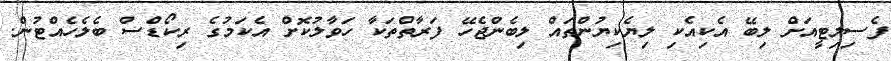
ފެސިލިޓީއަށް ލިބޭ އެކިއެކި ލިޔެކިޔުންތައް ލިބެންޖެހޭ ފަރާތްތަކާ ހަވާލުކޮށް އެކަމުގެ ރިކޯޑްސް ބެލެހެއްޓުން.